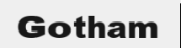
Gotham